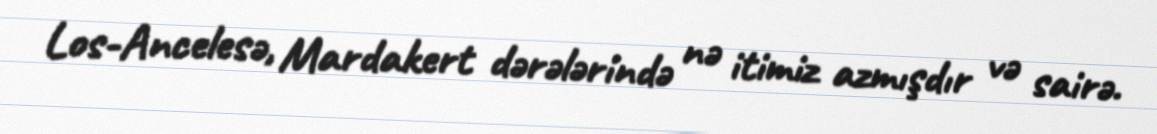
Los-Ancelesə, Mardakert dərələrində nə itimiz azmışdır və sairə.